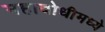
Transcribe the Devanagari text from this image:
महाबोधीमध्ये